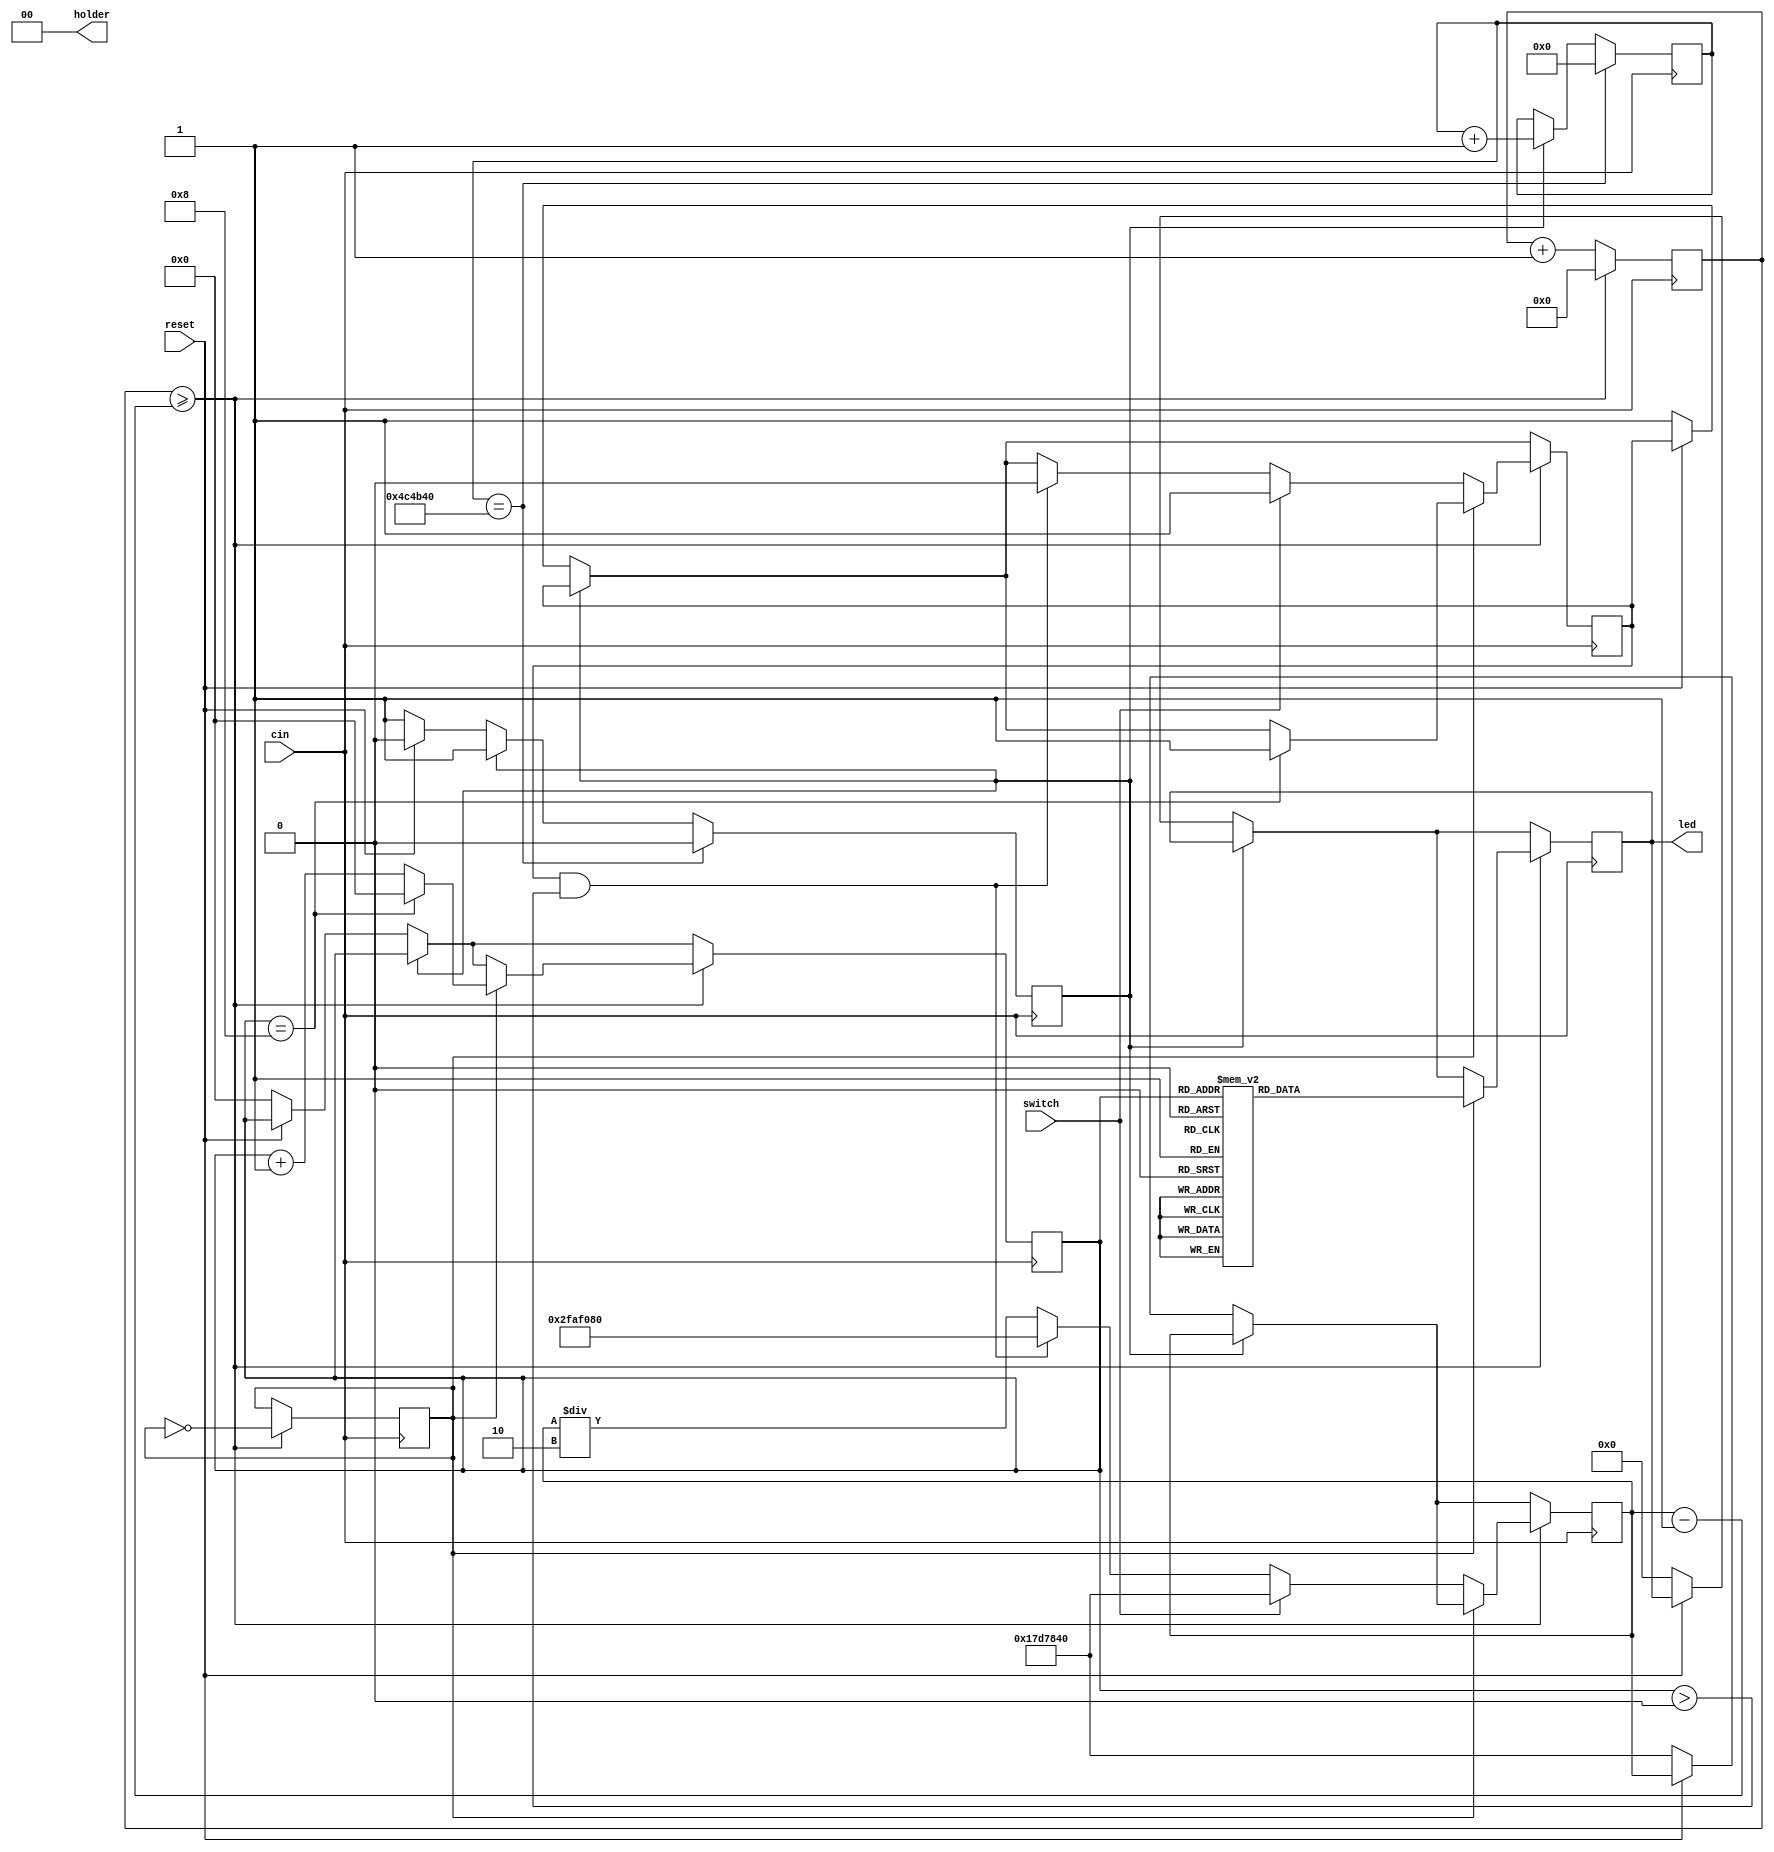
module EECS3216_Lab2 (cin, reset, led, switch, holder);

input cin, reset;
input switch; //either on or off
//SWITCH DOWN = 0;
//counterOrClockControl - SW9
//increaseOrDecrease - SW8
//setOrStartClock - SW7
//pause = top button
//reset = bottom button

 
reg[31:0] count;
reg ignore = 0;
reg toggle;
reg twoSecondDelay = 1;
reg [1:0] delay = 2'b0;
reg [22:0] timer = 23'b0;
reg [3:0] currentLed = 4'b0;

output reg [7:0] led;
output reg [1:0] holder = 2'b00;


reg [31:0] D = 32'd25000000;


always @(posedge cin)
begin
		if (ignore == 1)begin
			timer <= timer + 23'b1;
		end
		else if (reset == 1'b0)begin
			led <= 8'b00000000;
			currentLed <= 0;
			D <= 32'd25000000;
			twoSecondDelay <= 1;
			ignore <= 1;
		end
		
		if (timer  == 23'd5000000) begin
			timer <= 23'd0;
			ignore <= 0;
		end

		count <= count + 32'd1;
		
      if (count >= (D - 1)) begin // maybe make this D/2
         count <= 32'd0;
			toggle <= ~toggle;
			
			if(toggle)begin
				case (currentLed)
					4'd1: led <= 8'b10000000;
					4'd2: led <= 8'b11000000;
					4'd3: led <= 8'b11100000;
					4'd4: led <= 8'b11110000;
					4'd5: led <= 8'b11111000;
					4'd6: led <= 8'b11111100;
					4'd7: led <= 8'b11111110;
					4'd8: led <= 8'b11111111;
					default: led <= 8'b00000000;
				endcase

				
				if(currentLed == 4'd8)begin
					currentLed <= 4'd0;
				//	D <= 32'd25000000;
					twoSecondDelay <= 1;
				end
				else begin
					currentLed <= currentLed + 4'd1;
				end
			end
			else begin
				if(switch)begin
					D <= 32'd25000000;
					twoSecondDelay <= 1;
				end
				else begin					
					if(twoSecondDelay == 1 && currentLed > 0) begin
						D <= 32'd50000000;
						twoSecondDelay <= 0;
					end
					else begin
						D <= D / 2;
					end
				end
			end
		end
end
endmodule